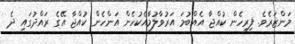
މަންޒަރެވެ. ފިރިހެން ކުއްޖާ އެއްބުމަ އަރުވާލުމާއެކުހެން އަންހެން ކުއްޖާ އޭގެ ރައްދުގައި ދެ